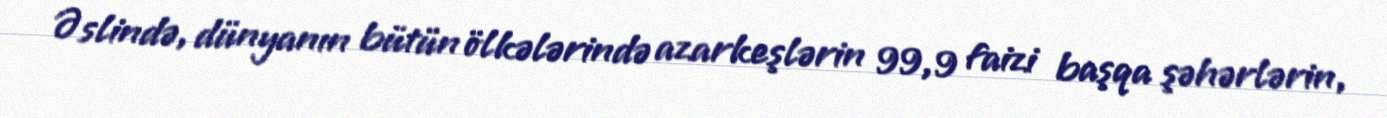
Əslində, dünyanın bütün ölkələrində azarkeşlərin 99,9 faizi başqa şəhərlərin,